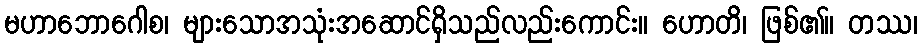
မဟာဘောဂေါစ၊ များသောအသုံးအဆောင်ရှိသည်လည်းကောင်း။ ဟောတိ၊ ဖြစ်၏။ တဿ၊